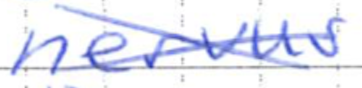
Text: nervus
Cross-out: mix
Writing tool: ballpoint